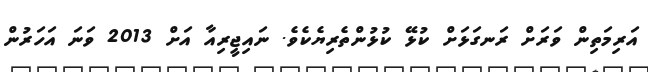
އަރިމަތިން ވަރަށް ރަނގަޅަށް ކުޅޭ ކުޅުންތެރިޔެކެވެ. ނައިޖީރިއާ އަށް 2013 ވަނަ އަހަރުން